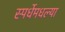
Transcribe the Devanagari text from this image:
स्पर्धेमधल्या